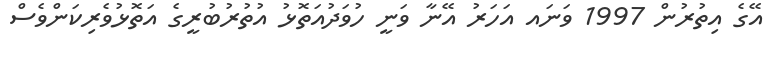
އޭގެ އިތުރުން 1997 ވަނައ އަހަރު އޭނާ ވަނީ ހުވަދުއަތޮޅު އުތުރުބުރީގެ އަތޮޅުވެރިކަންވެސް